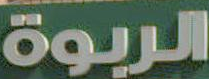
الربوة